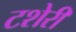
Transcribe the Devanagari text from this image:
टशेरी